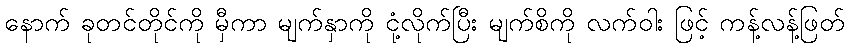
နောက် ခုတင်တိုင်ကို မှီကာ မျက်နှာကို ငုံ့လိုက်ပြီး မျက်စိကို လက်ဝါး ဖြင့် ကန့်လန့်ဖြတ်